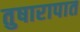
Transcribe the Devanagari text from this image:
तुषारापात